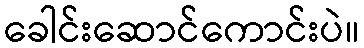
ခေါင်းဆောင်ကောင်းပဲ။